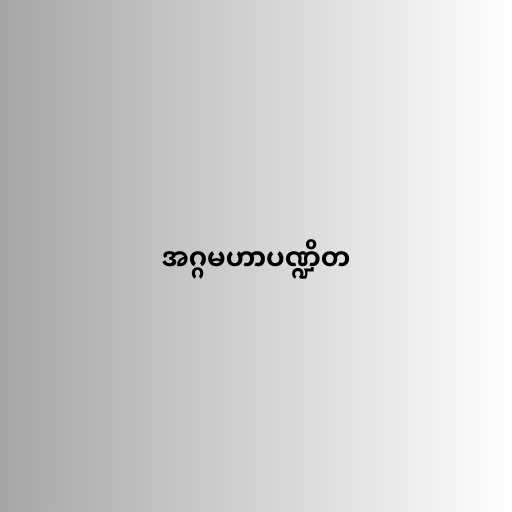
အဂ္ဂမဟာပဏ္ဍိတ